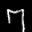
Label: 7